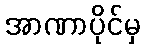
အာဏာပိုင်မှ